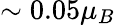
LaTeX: \sim{0.05}\mu_{B}